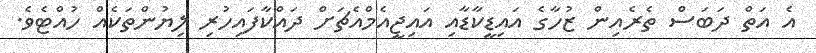
އެ އަތް ދަބަސް ތެރެއިން ޒުހާގެ އައިޑީކާޑާއި އައިޖީއެމްއެޗަށް ދައްކާފައިހުރި ލިޔުންތަކެއް ހުއްޓެވެ.